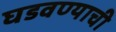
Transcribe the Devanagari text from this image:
घडवण्याची